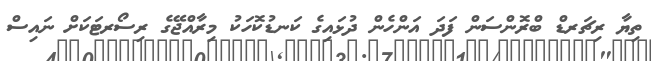
ތިޔާ ރިޗަރޑް ބްރޮންސަން ފަދަ އަންހެން ދުޅައިގެ ކަނޑުކޮހަކު މިރާއްޖޭގެ ރިސޯރޓަކަށް ނައިސް